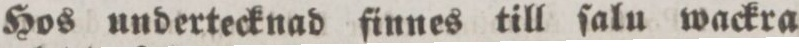
Hos undertecknad finnes till ſalu wackra